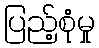
ပြည့်စုံမှု